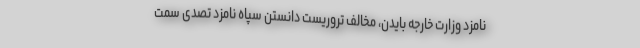
نامزد وزارت خارجه بایدن، مخالف تروریست دانستن سپاه نامزد تصدی سمت